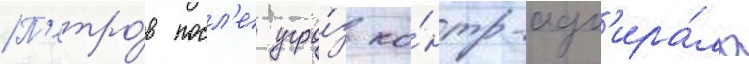
П'етро́в посл'е угро́з ко́нтр-адм'ира́ла